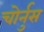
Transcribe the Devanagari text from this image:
चोर्नुस